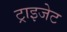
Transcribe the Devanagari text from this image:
ट्राइजेट